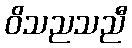
ဝိသညသညီ